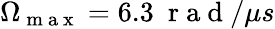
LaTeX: \Omega_{\mathrm{~m~a~x~}}=6.3\ \mathrm{~r~a~d~}/\mu s